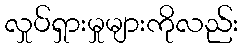
လှုပ်ရှားမှုများကိုလည်း